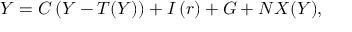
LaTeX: Y = C \left( { Y } - { T ( Y ) } \right) + I \left( { r } \right) + G + N X ( Y ) ,